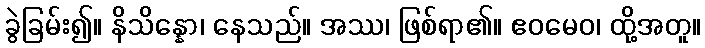
ခွဲခြမ်း၍။ နိသိန္နော၊ နေသည်။ အဿ၊ ဖြစ်ရာ၏။ ဧဝမေဝ၊ ထို့အတူ။